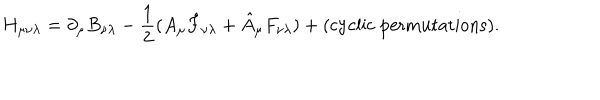
LaTeX: H _ { \mu \nu \lambda } = \partial _ { \mu } B _ { \nu \lambda } - { \frac { 1 } { 2 } } ( A _ { \mu } \hat { F } _ { \nu \lambda } + \hat { A } _ { \mu } F _ { \nu \lambda } ) + ( \mathrm { c y c l i c \ p e r m u t a t i o n s } ) .